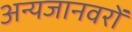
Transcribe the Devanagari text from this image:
अन्यजानवरों